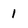
Character: 1